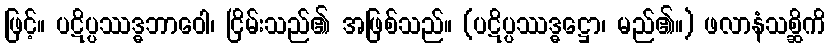
ဖြင့်။ ပဋိပ္ပဿဒ္ဓဘာဝေါ၊ ငြိမ်းသည်၏ အဖြစ်သည်။ (ပဋိပ္ပဿဒ္ဓဋ္ဌော၊ မည်၏။) ဖလာနံသစ္ဆိကိ